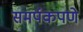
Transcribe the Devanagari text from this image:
समर्पकपणे